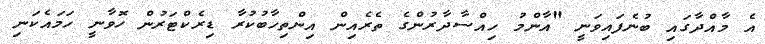
އެ މާއްދާގައި ބުނެފައިވަނީ "އާންމު ހިއްސާދާރުންގެ ތެރެއިން އިންތިހާބުކުރާ ޑިރެކްޓަރުން ހޮވާނީ ހަމައެކަނި